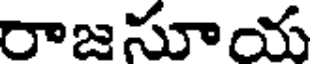
రాజసూయ